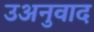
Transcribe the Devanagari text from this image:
उअनुवाद